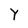
Character: Y